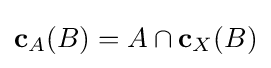
\mathbf {c} _{A}(B)=A\cap \mathbf {c} _{X}(B)